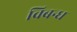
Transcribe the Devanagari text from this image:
विबन्ध